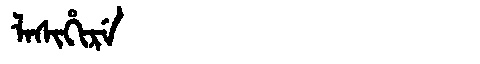
Manchu: ᠯᠠᠰᡳᡥᡳᡵᡝ
Romanization: LASIHIRE